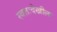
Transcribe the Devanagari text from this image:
स्वतःदेखील